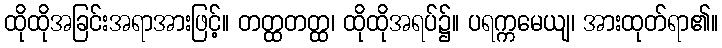
ထိုထိုအခြင်းအရာအားဖြင့်။ တတ္ထတတ္ထ၊ ထိုထိုအရပ်၌။ ပရက္ကမေယျ၊ အားထုတ်ရာ၏။